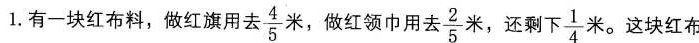
1.有一块红布料，做红旗用去 \frac{4}{5}米，做红领巾用去\frac{2}{5}米，还剩 下 \frac{1}{4}米。这块红布